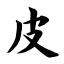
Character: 皮